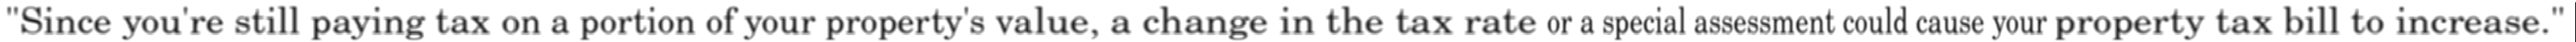
"Since you're still paying tax on a portion of your property's value, a change in the tax rate or a special assessment could cause your property tax bill to increase."